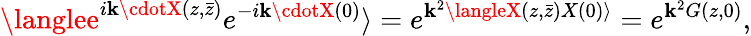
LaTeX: \langlee^{i\mathbf{k}\cdotX(z,\bar{{z}})}e^{-i\mathbf{k}\cdotX(0)}\rangle=e^{\mathbf{k}^{2}\langleX(z,\bar{{z}})X(0)\rangle}=e^{\mathbf{k}^{2}G(z,0)},